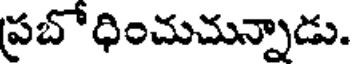
ప్రబోధించుచున్నాడు.